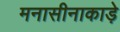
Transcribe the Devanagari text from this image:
मनासीनाकाड़े